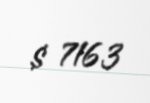
$ 7163